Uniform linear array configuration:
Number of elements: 24
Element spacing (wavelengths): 0.75
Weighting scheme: blackman
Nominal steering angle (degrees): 30
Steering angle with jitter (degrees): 29.293
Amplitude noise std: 0.05
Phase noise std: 0.05

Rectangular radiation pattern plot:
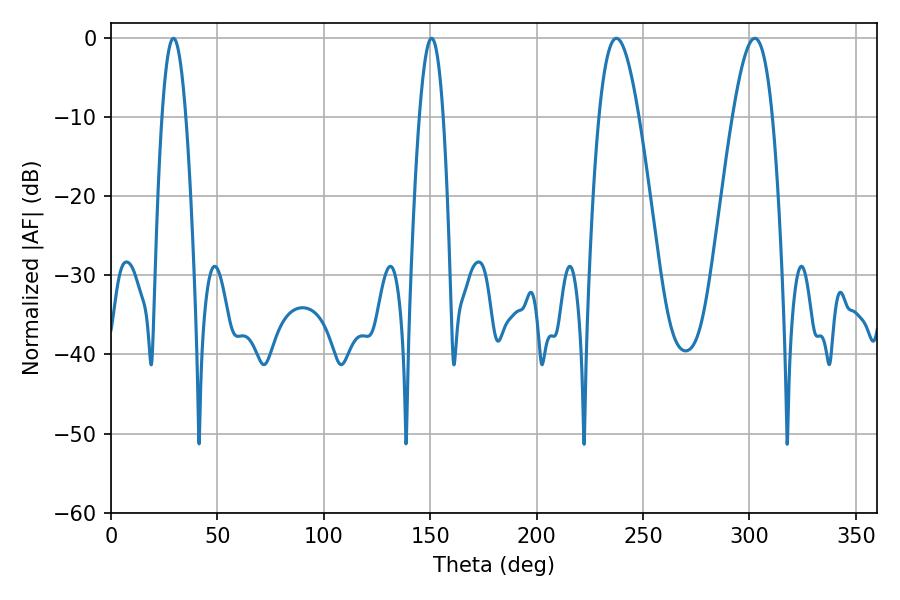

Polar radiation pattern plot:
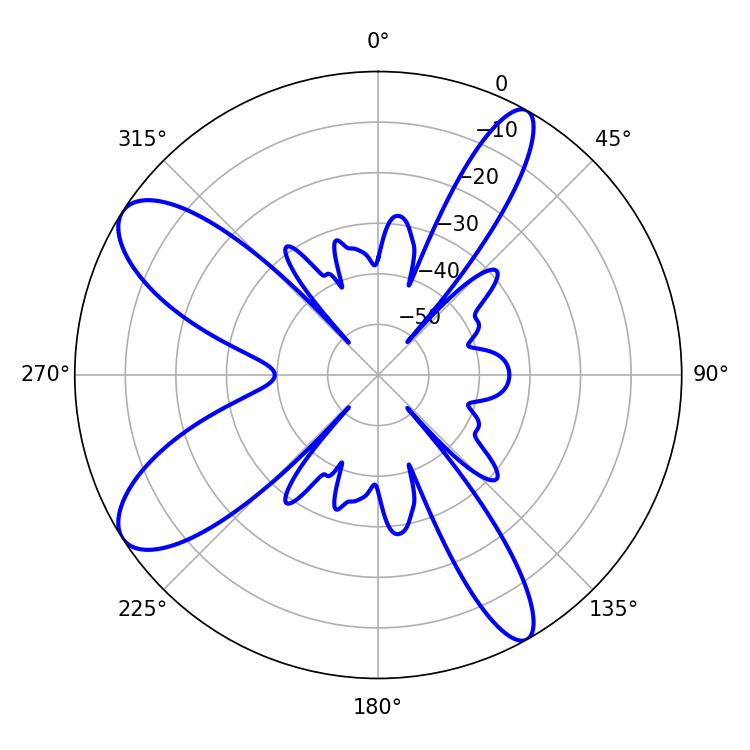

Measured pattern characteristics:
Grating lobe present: TRUE
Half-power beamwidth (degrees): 6.12
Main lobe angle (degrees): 29.34